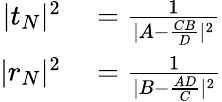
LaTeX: \begin{array}{rl}{|t_{N}|^{2}}&{{}=\frac{1}{|A-\frac{CB}{D}|^{2}}}\\ {|r_{N}|^{2}}&{{}=\frac{1}{|B-\frac{AD}{C}|^{2}}}\end{array}